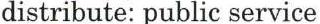
distribute: public service